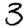
Digit: 3